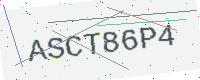
Text: ASCT86P4